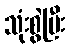
သုံးစွဲပြီး